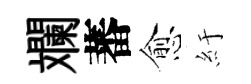
斕蕃愈紆